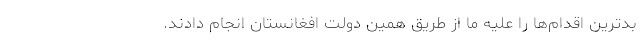
بدترين اقدام‌ها را عليه ما از طريق همين دولت افغانستان انجام دادند.